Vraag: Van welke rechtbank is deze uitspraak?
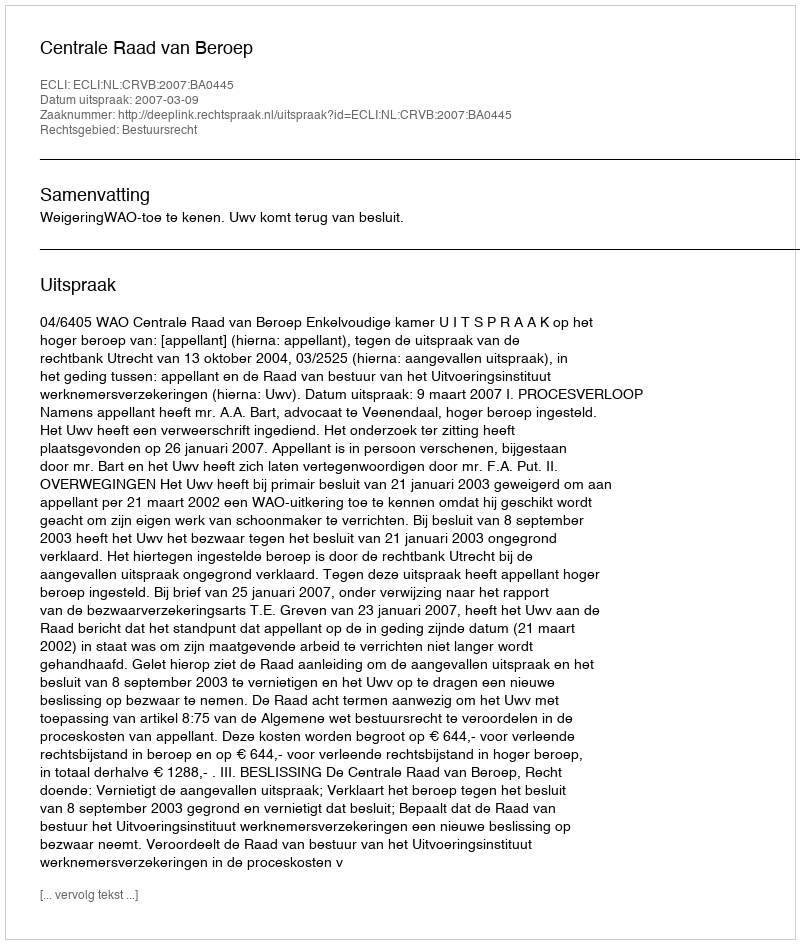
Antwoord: Centrale Raad van Beroep